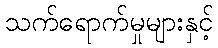
သက်ရောက်မှုများနှင့်